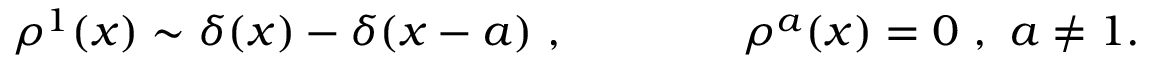
\rho ^ { 1 } ( x ) \sim \delta ( x ) - \delta ( x - a ) \ , \qquad \qquad \rho ^ { a } ( x ) = 0 \ , \ a \neq 1 .